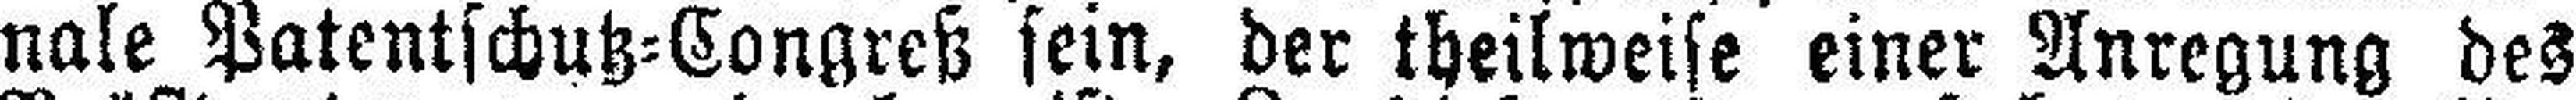
nale Patentschutz=Congreß sein, der theilweise einer Anregung des